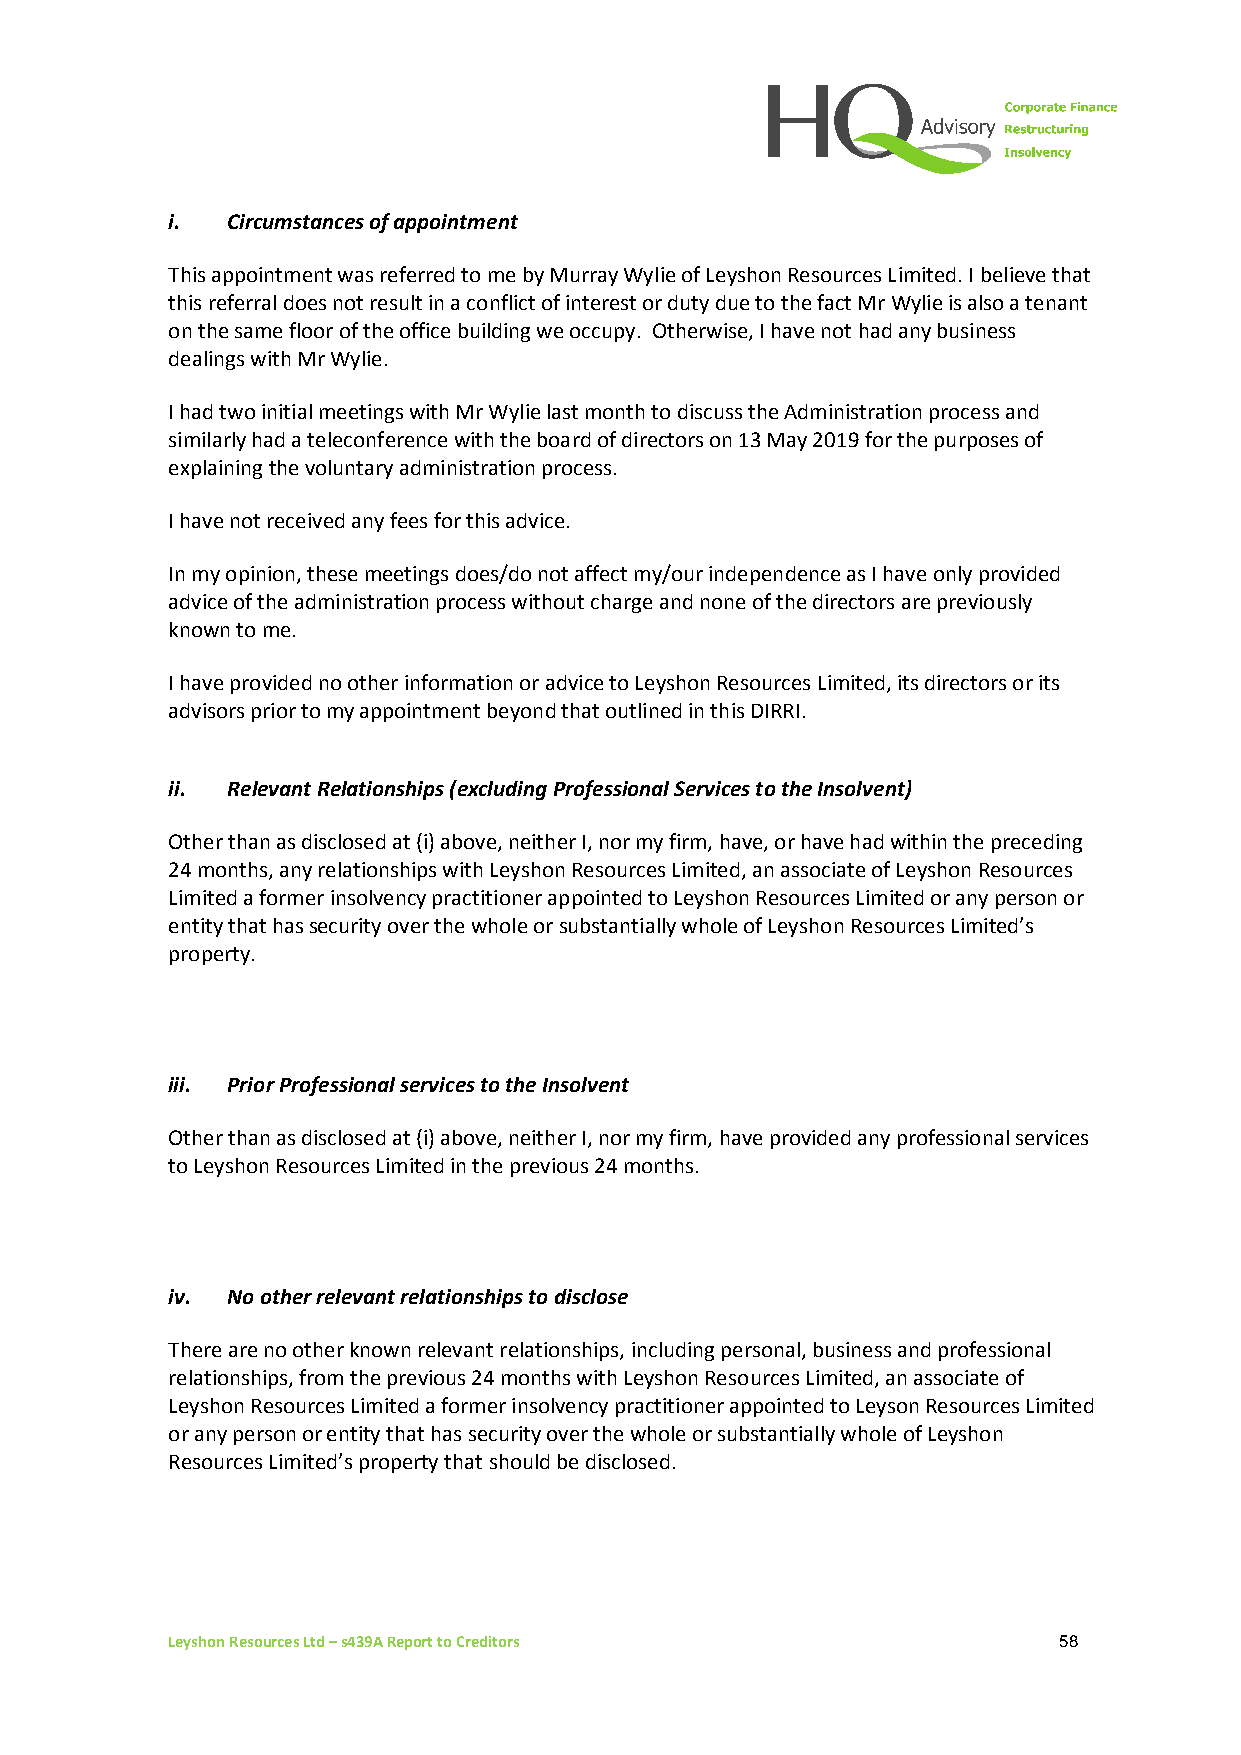
i.  Circumstances of appointment
 This appointment was referred to me by Murray Wylie of Leyshon Resources Limited. I believe that
 this referral does not result in a conflict of interest or duty due to the fact Mr Wylie is also a tenant
 on the same floor of the office building we occupy. Otherwise, I have not had any business
 dealings with Mr Wylie.
 I had two initial meetings with Mr Wylie last month to discuss the Administration process and
 similarly had a teleconference with the board of directors on 13 May 2019 for the purposes of
 explaining the voluntary administration process.
 I have not received any fees for this advice.
 In my opinion, these meetings does/do not affect my/our independence as I have only provided
 advice of the administration process without charge and none of the directors are previously
 known to me.
 I have provided no other information or advice to Leyshon Resources Limited, its directors or its
 advisors prior to my appointment beyond that outlined in this DIRRI.
 ii. Relevant Relationships (excluding Professional Services to the Insolvent)
 Other than as disclosed at (i) above, neither I, nor my firm, have, or have had within the preceding
 24 months, any relationships with Leyshon Resources Limited, an associate of Leyshon Resources
 Limited a former insolvency practitioner appointed to Leyshon Resources Limited or any person or
 entity that has security over the whole or substantially whole of Leyshon Resources Limited’s
 property.
 iii. Prior Professional services to the Insolvent
 Other than as disclosed at (i) above, neither I, nor my firm, have provided any professional services
 to Leyshon Resources Limited in the previous 24 months.
 iv. No other relevant relationships to disclose
 There are no other known relevant relationships, including personal, business and professional
 relationships, from the previous 24 months with Leyshon Resources Limited, an associate of
 Leyshon Resources Limited a former insolvency practitioner appointed to Leyson Resources Limited
 or any person or entity that has security over the whole or substantially whole of Leyshon
 Resources Limited’s property that should be disclosed.
 Leyshon Resources Ltd – s439A Report to Creditors          58